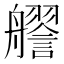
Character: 𧭔